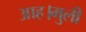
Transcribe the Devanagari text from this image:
आह।मुली